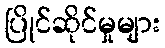
ပြိုင်ဆိုင်မှုများ